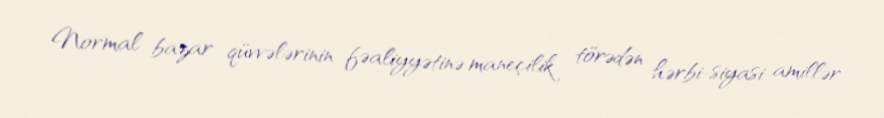
Normal bazar qüvvələrinin fəaliyyətinə maneçilik törədən hərbi-siyasi amillər